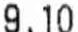
9.10